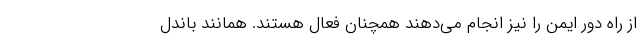
از راه دور ایمن را نیز انجام می‌دهند همچنان فعال هستند. همانند باندل